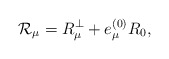
\begin{align*}{\cal R}_\mu=R_{\mu}^\perp + e^{(0)}_\mu R_0,\end{align*}